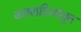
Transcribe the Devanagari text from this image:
जलवाहिन्यांतून